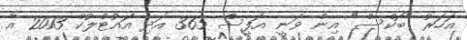
އަހަރު "ބޮކްސް" އިން ވަނީ އޮފީސް 365 އަދި އައުޓްލުކް 2013 އާ